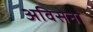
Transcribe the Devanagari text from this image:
अविसेना